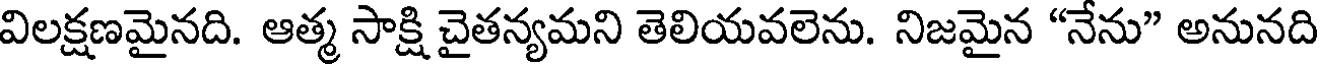
విలక్షణమైనది. ఆత్మ సాక్షి చైతన్యమని తెలియవలెను. నిజమైన "నేను" అనునది